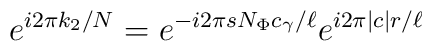
e^{i2\pi k_{2}/N} = e^{-i2\pi sN_{\Phi}c_{\gamma}/\ell}e^{i2\pi \mid c\mid r/\ell}